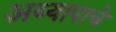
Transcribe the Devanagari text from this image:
अय्यापाचे